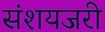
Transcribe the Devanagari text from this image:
संशयजरी